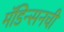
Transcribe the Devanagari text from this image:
मॅडिन्सनची